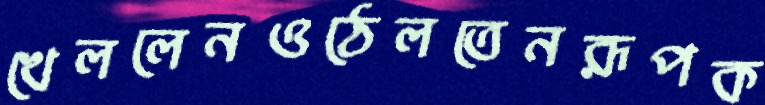
খেললেনওঠেলতেনরূপক